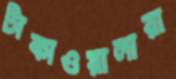
টাকাওয়ালারা